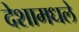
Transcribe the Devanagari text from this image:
देशामधले